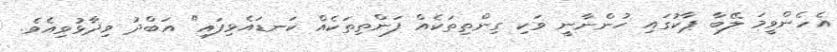
އެހެންވީމަ ލޭބާ ޕާކުގައި ހުންނާނީ ވަކި ގިންތިތަކެއް ފަންތިތަކެއް ކަނޑައެޅިފައި" އަބްދު ވިދާޅުވިއެވެ.